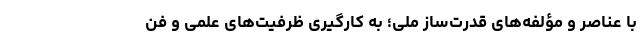
با عناصر و مؤلفه‌های قدرت‌ساز ملی؛ به کارگیری ظرفیت‌های علمی و فن